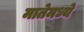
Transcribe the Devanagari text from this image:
मातेमध्ये